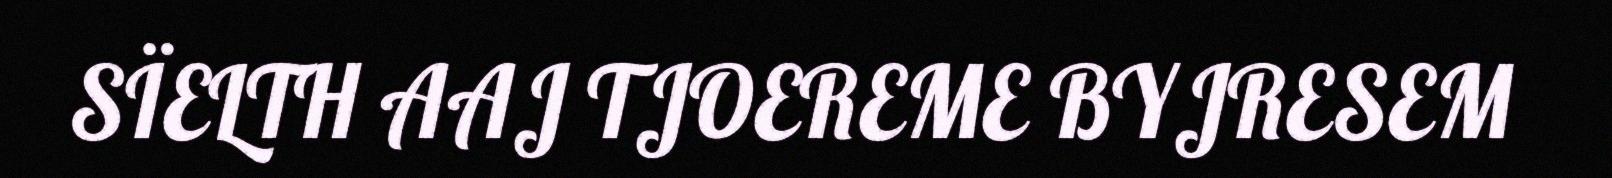
SÏELTH AAJ TJOEREME BYJRESEM